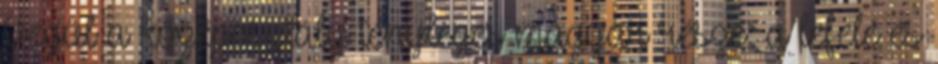
Végül a középosztály tényleges magyar része: a lefelé és